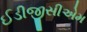
ઈડીજીસીએમ